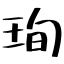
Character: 珣